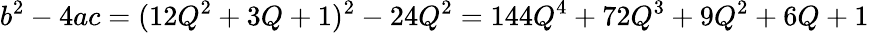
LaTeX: b^{2}-4ac=(12Q^{2}+3Q+1)^{2}-24Q^{2}=144Q^{4}+72Q^{3}+9Q^{2}+6Q+1